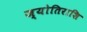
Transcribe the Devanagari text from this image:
ज्योतिराशि